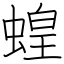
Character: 蝗